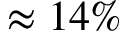
\approx 1 4 \%